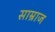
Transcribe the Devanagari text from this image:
साम्राज